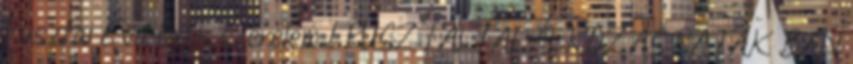
Pusztai Éva Örök szerelem 1 PUSZTAI TALÁLKOZÁS PATAK BAN